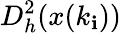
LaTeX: D_{h}^{2}(x(k_{\mathbf{i}}))